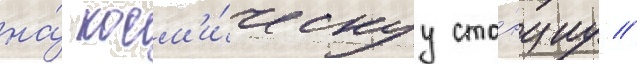
на́ косм'и́ческуу ста́нциу //